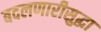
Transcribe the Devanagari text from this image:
बदलणारीसुद्धा